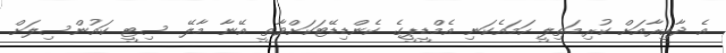
އެ ދާއިރާއަށް ކުރިމަތިލީ ހަމައެކަނި އެމްޑީޕީގެ ކެންޑިޑޭޓަކަށްވާތީ އޭނާ މާލޭ ސިޓީ ކައުންސިލަށް